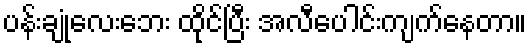
ပန်းချုံလေးဘေး ထိုင်ပြီး အလီပေါင်းကျက်နေတာ။